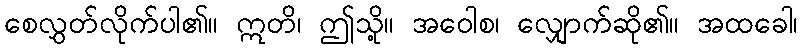
စေလွှတ်လိုက်ပါ၏။ ဣတိ၊ ဤသို့။ အဝေါစ၊ လျှောက်ဆို၏။ အထခေါ၊